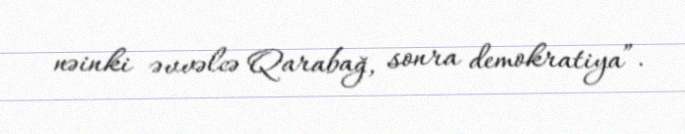
nəinki əvvəlcə Qarabağ, sonra demokratiya”.